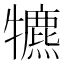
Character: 犥